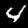
Label: 4